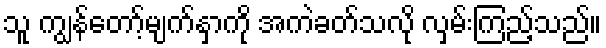
သူ ကျွန်တော့်မျက်နှာကို အကဲခတ်သလို လှမ်းကြည့်သည်။